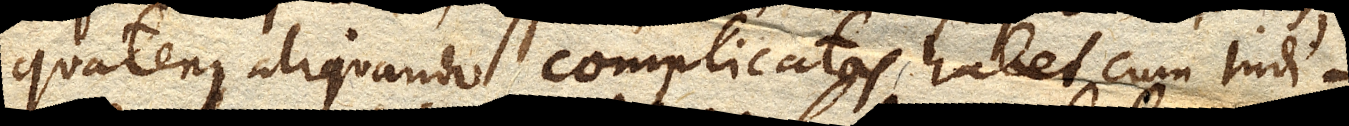
quatenus aliquando complicatas habet cum indi–